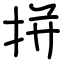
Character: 拼